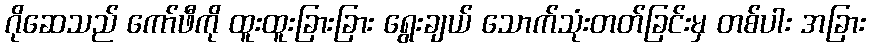
ဂိုဆေသည် ကော်ဖီကို ထူးထူးခြားခြား ရွေးချယ် သောက်သုံးတတ်ခြင်းမှ တစ်ပါး အခြား